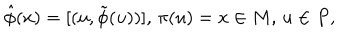
\hat { \phi } ( x ) = [ ( u , \tilde { \phi } ( u ) ) ] , \, \pi ( u ) = x \in M , \, u \in P ,